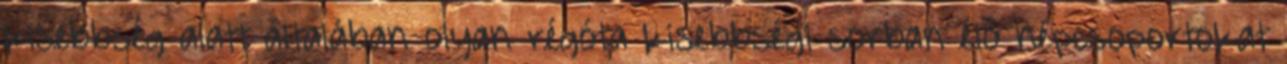
kisebbség alatt általában olyan régóta kisebbségi sorban élő népcsoportokat